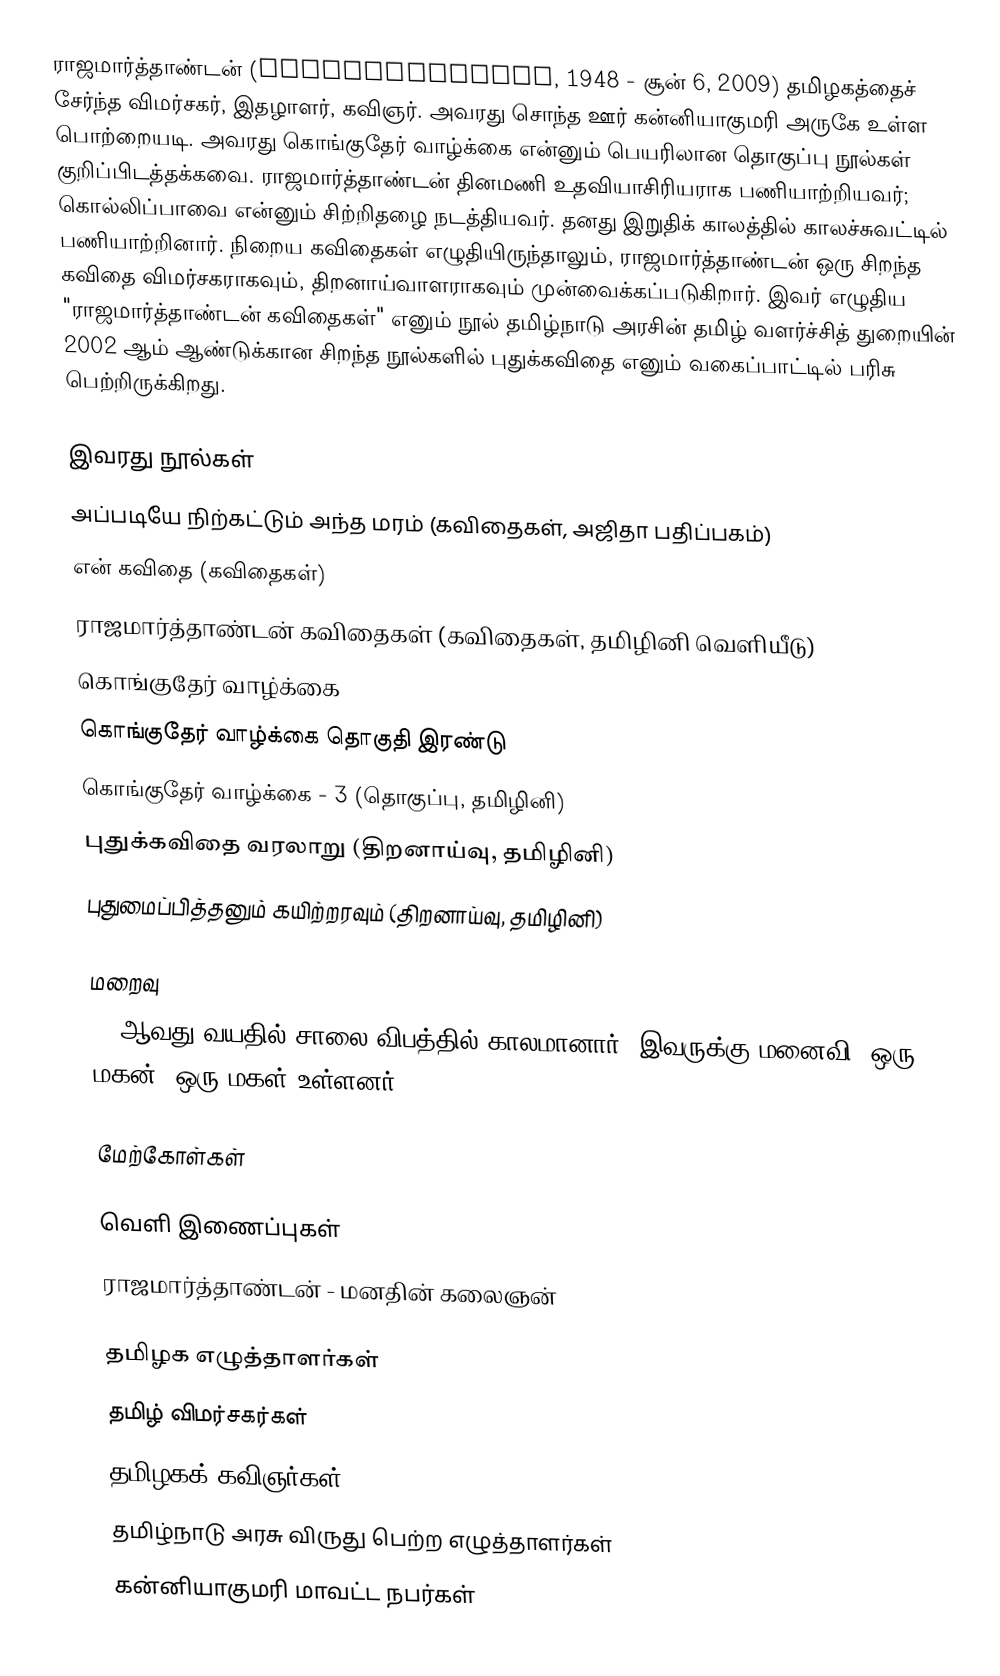
ராஜமார்த்தாண்டன் (Rajamarthandan, 1948 - சூன் 6, 2009) தமிழகத்தைச் சேர்ந்த விமர்சகர், இதழாளர், கவிஞர். அவரது சொந்த ஊர் கன்னியாகுமரி அருகே உள்ள பொற்றையடி. அவரது கொங்குதேர் வாழ்க்கை என்னும் பெயரிலான தொகுப்பு நூல்கள் குறிப்பிடத்தக்கவை. ராஜமார்த்தாண்டன் தினமணி உதவியாசிரியராக பணியாற்றியவர்; கொல்லிப்பாவை என்னும் சிற்றிதழை நடத்தியவர். தனது இறுதிக் காலத்தில் காலச்சுவட்டில் பணியாற்றினார். நிறைய கவிதைகள் எழுதியிருந்தாலும், ராஜமார்த்தாண்டன் ஒரு சிறந்த கவிதை விமர்சகராகவும், திறனாய்வாளராகவும் முன்வைக்கப்படுகிறார். இவர் எழுதிய "ராஜமார்த்தாண்டன் கவிதைகள்" எனும் நூல் தமிழ்நாடு அரசின் தமிழ் வளர்ச்சித் துறையின் 2002 ஆம் ஆண்டுக்கான சிறந்த நூல்களில் புதுக்கவிதை எனும் வகைப்பாட்டில் பரிசு பெற்றிருக்கிறது.

இவரது நூல்கள்
 அப்படியே நிற்கட்டும் அந்த மரம் (கவிதைகள், அஜிதா பதிப்பகம்)
 என் கவிதை (கவிதைகள்)
 ராஜமார்த்தாண்டன் கவிதைகள் (கவிதைகள், தமிழினி வெளியீடு)
 கொங்குதேர் வாழ்க்கை
 கொங்குதேர் வாழ்க்கை தொகுதி இரண்டு
 கொங்குதேர் வாழ்க்கை - 3 (தொகுப்பு, தமிழினி)
 புதுக்கவிதை வரலாறு (திறனாய்வு, தமிழினி)
 புதுமைப்பித்தனும் கயிற்றரவும் (திறனாய்வு, தமிழினி)

மறைவு
61 ஆவது வயதில் சாலை விபத்தில் காலமானார். இவருக்கு மனைவி, ஒரு மகன், ஒரு மகள் உள்ளனர்.

மேற்கோள்கள்

வெளி இணைப்புகள்
 ராஜமார்த்தாண்டன் - மனதின் கலைஞன்

தமிழக எழுத்தாளர்கள்
தமிழ் விமர்சகர்கள்
தமிழகக் கவிஞர்கள்
தமிழ்நாடு அரசு விருது பெற்ற எழுத்தாளர்கள்
கன்னியாகுமரி மாவட்ட நபர்கள்